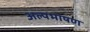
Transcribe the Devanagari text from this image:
अल्पभाषण